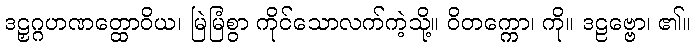
ဒဠှဂ္ဂဟဏတ္ထောဝိယ၊ မြဲမြံစွာ ကိုင်သောလက်ကဲ့သို့။ ဝိတက္ကော၊ ကို။ ဒဠဗ္ဗော၊ ၏။